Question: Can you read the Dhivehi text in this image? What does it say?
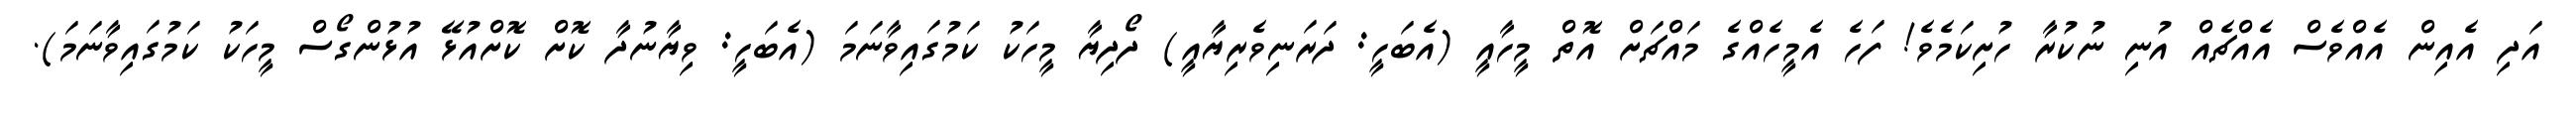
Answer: އަދި އެއިން އެއްވެސް އެއްޗެއް އުނި ނުކުރާ ހުށިކަމެވެ! ފަހެ އެމީހެއްގެ މައްޗަށް އޮތް މީހާއީ (އެބަހީ: ދަރަނިވެރިޔާއީ) ދޯދިޔާ މީހަކު ކަމުގައިވާނަމަ (އެބަހީ: ވިޔާނުދާ ކޮށް ކޮށްއުޅޭ އުޅުންގޯސް މީހަކު ކަމުގައިވާނަމަ).